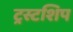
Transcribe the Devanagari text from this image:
ट्रस्टशिप